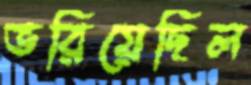
ভরিয়েছিল